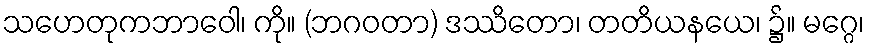
သဟေတုကဘာဝေါ၊ ကို။ (ဘဂဝတာ) ဒဿိတော၊ တတိယနယေ၊ ၌။ မဂ္ဂေ၊